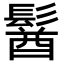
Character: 𩮈